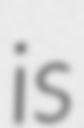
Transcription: is